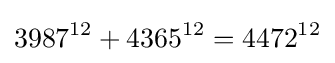
3987^{12}+4365^{12}=4472^{12}